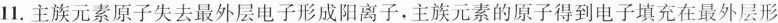
11.主族元素原子失去最外层电子形成阳离子，主族元素的原子得到电子填充在最外层形